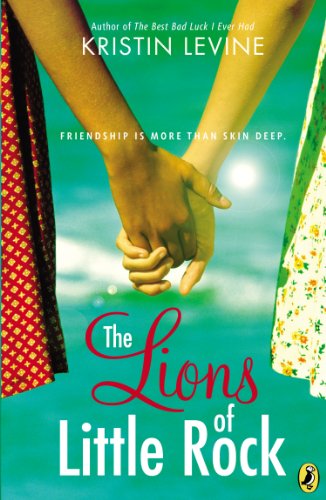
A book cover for The Lions of Little Rock; Kristin Levine; Children's Books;